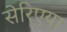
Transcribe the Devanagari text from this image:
सेरिएया